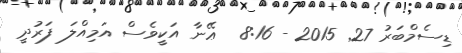
ޑިސެމްބަރު 27